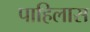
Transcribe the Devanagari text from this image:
पाहिलास